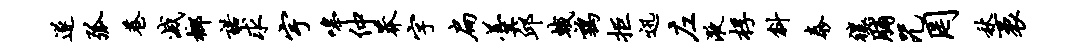
遂弧巷灭榔诺求宇嗥仲莽字扁羹邱蛾鹑拒迅左液桴斜泰禳脯咒罔秋袤